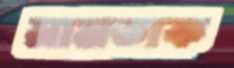
নামডাক